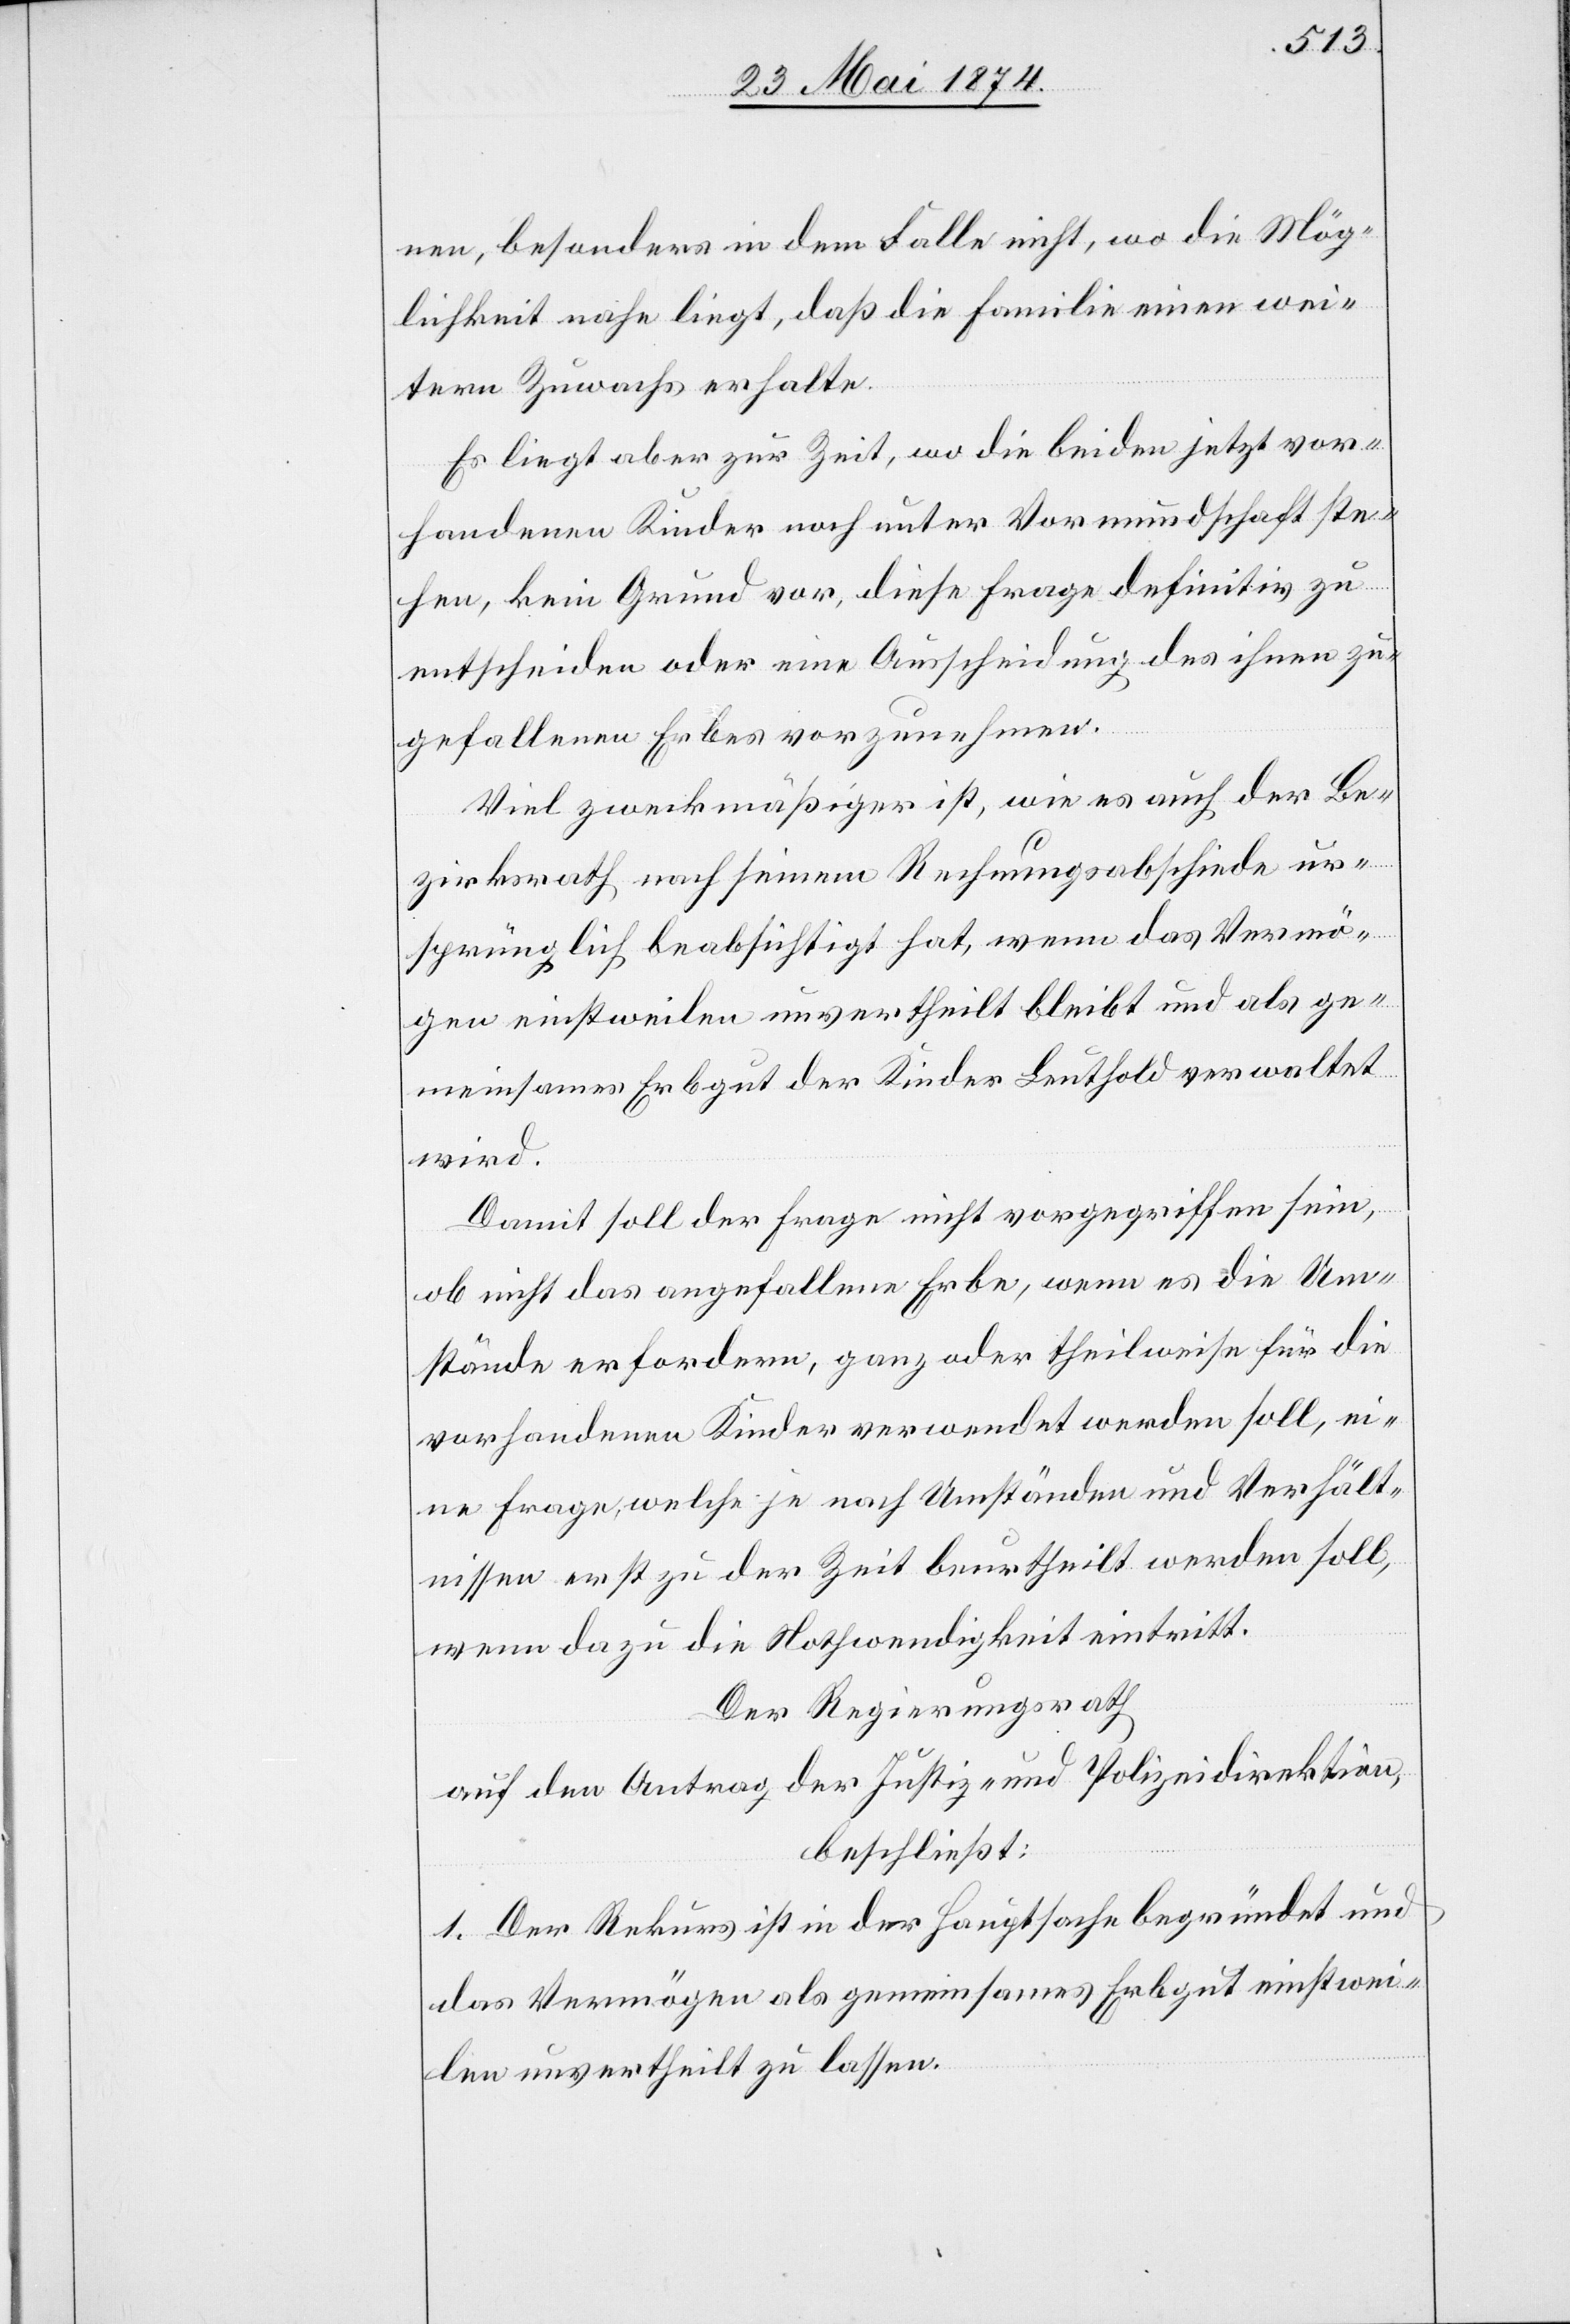
nen, besonders in dem Falle nicht, wo die Mög¬
lichkeit nahe liegt, daß die Familie einen wei¬
tern Zuwachs erhalte.
Es liegt aber zur Zeit, wo die beiden jetzt vor¬
handenen Kinder noch unter Vormundschaft ste¬
hen, kein Grund vor, diese Frage definitiv zu
entscheiden oder eine Ausscheidung des ihnen zu¬
gefallenen Erbes vorzunehmen.
Viel zweckmäßiger ist, wie es auch der Be¬
zirksrath nach seinem Rechnungsabschiede ur¬
sprünglich beabsichtigt hat, wenn das Vermö¬
gen einstweilen unvertheilt bleibt und als ge¬
meinsames Erbgut der Kinder Leuthold verwaltet
wird.
Damit soll der Frage nicht vorgegriffen sein,
ob nicht das angefallene Erbe, wenn es die Um¬
stände erfodern, ganz oder theilweise für die
vorhandenen Kinder verwendet werden soll, ei¬
ne Frage, welche je nach Umständen und Verhält¬
nissen erst zu der Zeit beurtheilt werden soll,
wenn dazu die Nothwendigkeit eintritt.
Der Regierungsrath
auf den Antrag der Justiz- und Polizeidirektion,
beschließt:
1. Der Rekurs ist in der Hauptsache begründet und
das Vermögen als gemeinsames Erbgut einstwei¬
len unvertheilt zu lassen.